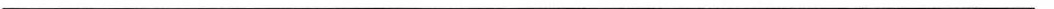
___